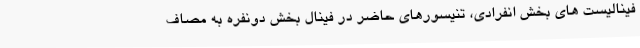
فینالیست های بخش انفرادی، تنیسورهای حاضر در فینال بخش دونفره به مصاف